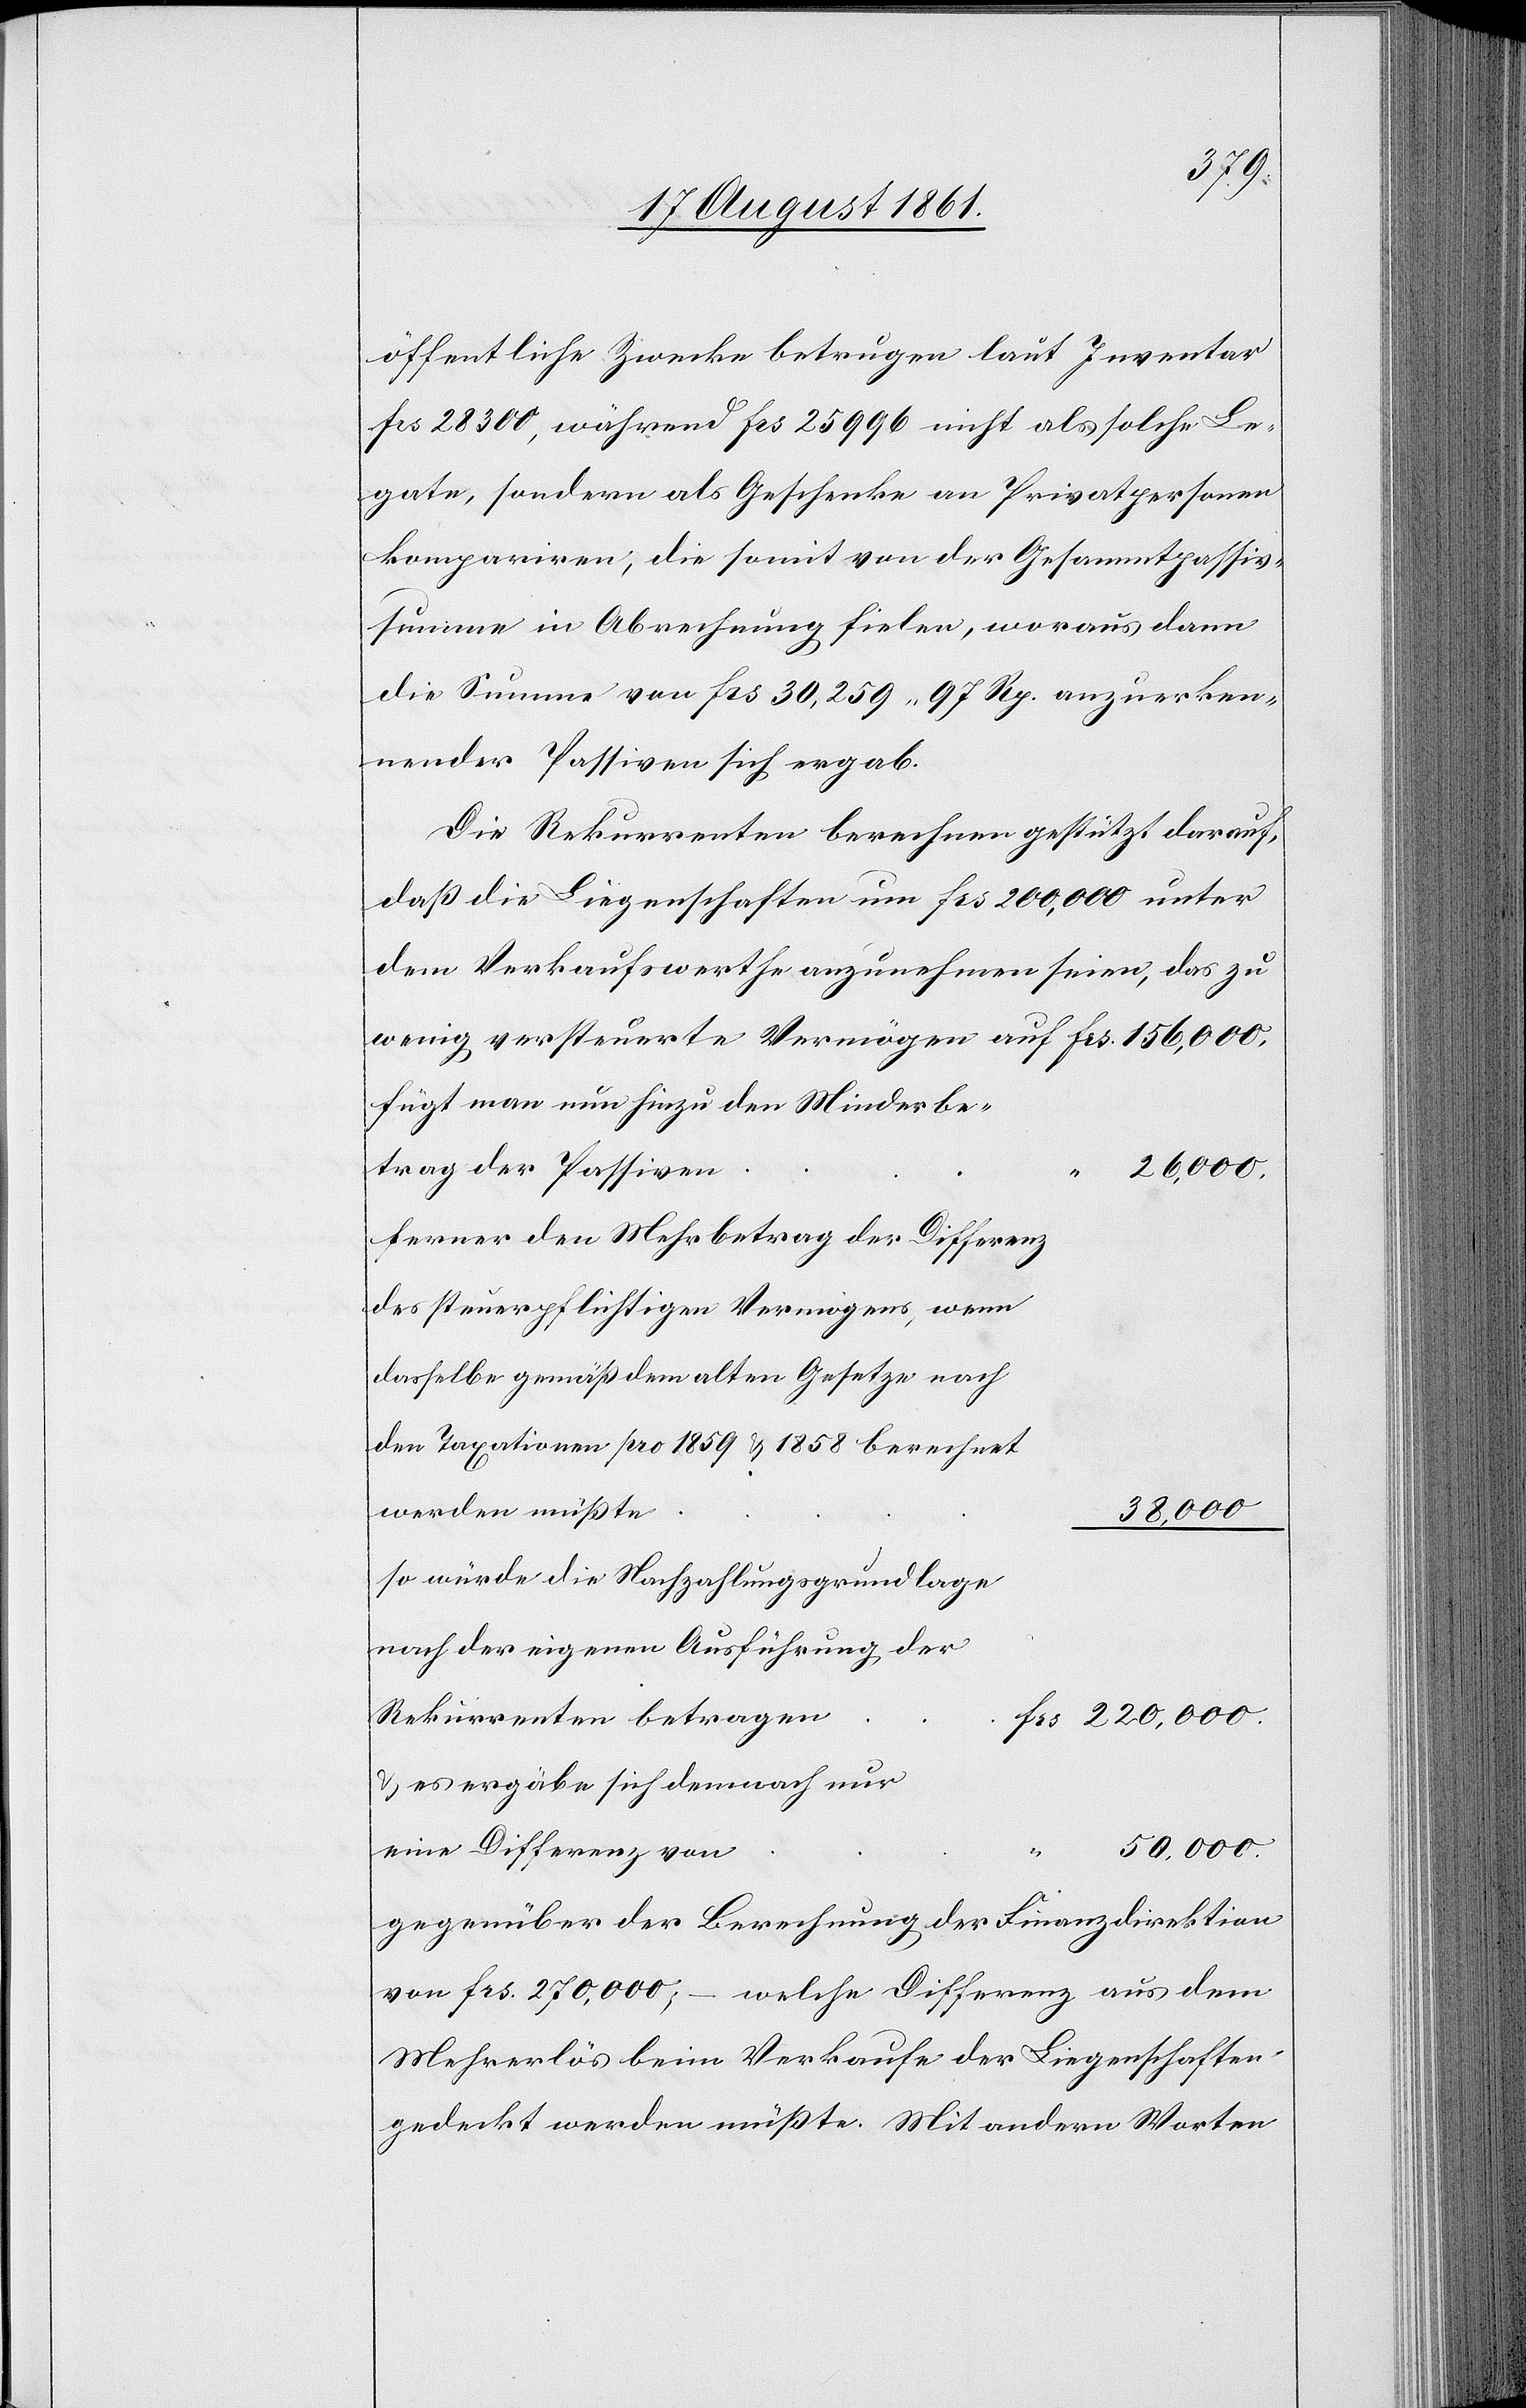
öffentliche Zwecke betrugen laut Inventar
frs 28300, während frs 25996 nicht als solche Le¬
gate, sondern als Geschenke an Privatpersonen
kompariren, die somit von der Gesammtpassiv¬
summe in Abrechnung fielen, woraus dann
die Summe von frs 30,259.97 Rp. anzuerken¬
nender Passiven sich ergab.
Die Rekurrenten berechnen gestützt darauf,
daß die Liegenschaften um frs 200,000 unter
den Verkaufswerth anzunehmen seien, das zu
wenig versteuerte Vermögen auf frs 156,000.
fügt man nun hinzu den Minderbe¬
den
ferner den Mehrbetrag der Differenz
dasselbe gemäß dem alten Gesetze nach
Taxationen pro 1859 u. 1858 berechnet
220,000.
so würde die Nachzahlungsgrundlage
nach der eigenen Ausführung
u. es ergäbe sich demnach nur
eine
50,000.
Gegenüber der Berechnung der Finanzdirektion
von frs 270,000; – welche Differenz aus dem
Mehrerlös beim Verkaufe der Liegenschaften
gedeckt werden müßte. Mit andern Worten